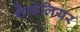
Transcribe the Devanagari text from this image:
शैन्डेलियर